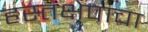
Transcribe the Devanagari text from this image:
हस्तक्षेपाचा